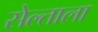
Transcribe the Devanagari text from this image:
सेल्ताला